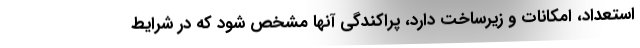
استعداد، امکانات و زیرساخت دارد، پراکندگی آنها مشخص شود که در شرایط